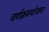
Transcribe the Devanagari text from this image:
वर्णक्रमयोजना